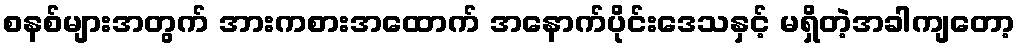
စနစ်များအတွက် အားကစားအထောက် အနောက်ပိုင်းဒေသနှင့် မရှိတဲ့အခါကျတော့